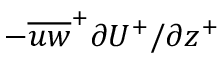
- { { \overline { { u w } } } ^ { + } } { { \partial } U ^ { + } / { \partial } z ^ { + } }